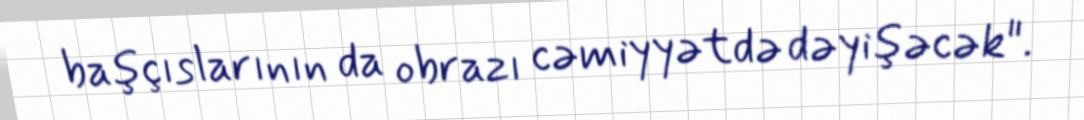
başçıslarının da obrazı cəmiyyətdə dəyişəcək".